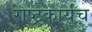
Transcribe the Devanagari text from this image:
राष्ट्रकार्यच